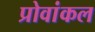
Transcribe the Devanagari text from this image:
प्रोवांकल